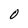
Character: O